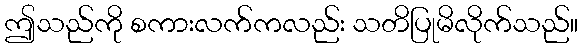
ဤသည်ကို စကားလက်ကလည်း သတိပြုမိလိုက်သည်။